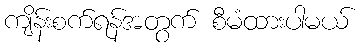
ကျိန်းစက်ရန်အတွက် စီမံထားပါမယ်